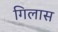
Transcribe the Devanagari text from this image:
गिलास